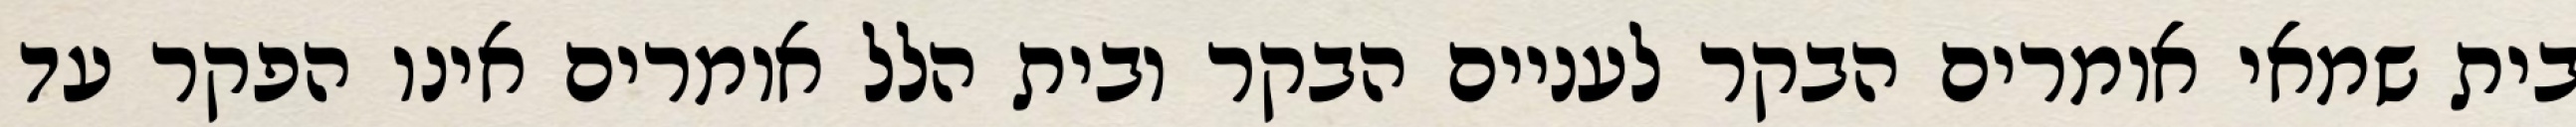
בית שמאי אומרים הבקר לעניים הבקר ובית הלל אומרים אינו הפקר עד